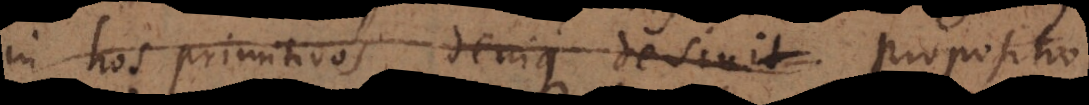
in hos primitivos denique desinit. propositio